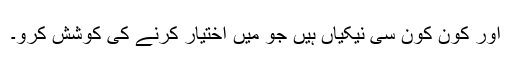
اور کون کون سی نیکیاں ہیں جو مَیں اختیار کرنے کی کوشش کرو۔